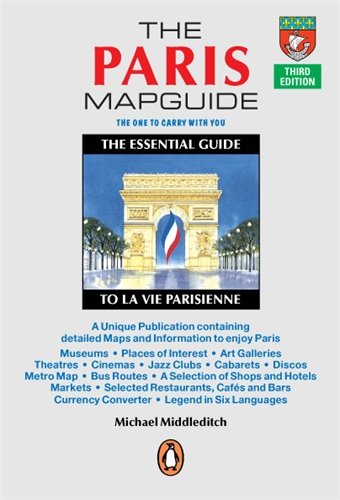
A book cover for The Paris Mapguide; Michael Middleditch; Reference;